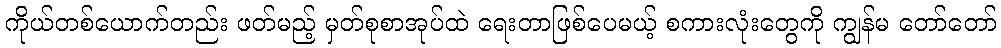
ကိုယ်တစ်ယောက်တည်း ဖတ်မည့် မှတ်စုစာအုပ်ထဲ ရေးတာဖြစ်ပေမယ့် စကားလုံးတွေကို ကျွန်မ တော်တော်